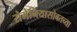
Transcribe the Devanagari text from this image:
रोमेनियासोबतच्या